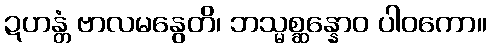
ဍဟန္တံ ဗာလမနွေတိ၊ ဘသ္မစ္ဆန္နောဝ ပါဝကော။